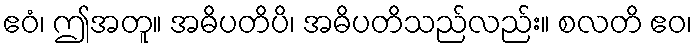
ဧဝံ၊ ဤအတူ။ အဓိပတိပိ၊ အဓိပတိသည်လည်း။ စလတိ ဧဝ၊